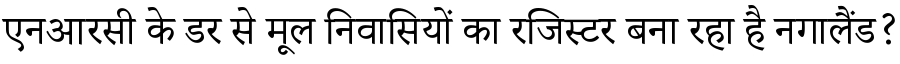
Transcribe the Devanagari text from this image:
एनआरसी के डर से मूल निवासियों का रजिस्टर बना रहा है नगालैंड?